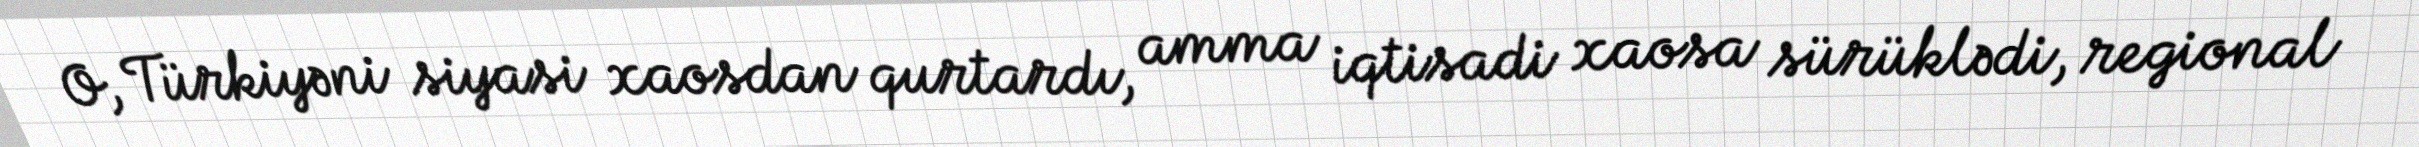
O, Türkiyəni siyasi xaosdan qurtardı, amma iqtisadi xaosa sürüklədi, regional